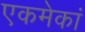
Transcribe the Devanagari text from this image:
एकमेकां